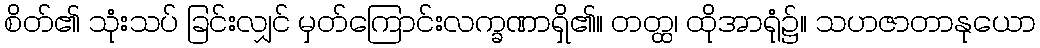
စိတ်၏ သုံးသပ် ခြင်းလျှင် မှတ်ကြောင်းလက္ခဏာရှိ၏။ တတ္ထ၊ ထိုအာရုံ၌။ သဟဇာတာနုယော